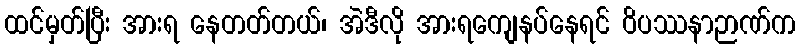
ထင်မှတ်ပြီး အားရ နေတတ်တယ်၊ အဲဒီလို အားရကျေနပ်နေရင် ဝိပဿနာဉာဏ်က